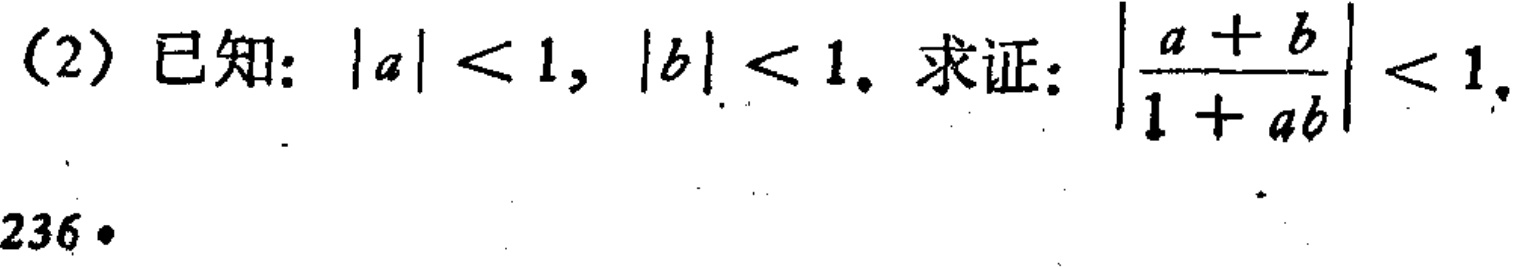
(2) 已知：\(|a| < 1, |b| < 1\). 求证：\(\left|\frac{a + b}{1 + ab}\right| < 1\).
236•